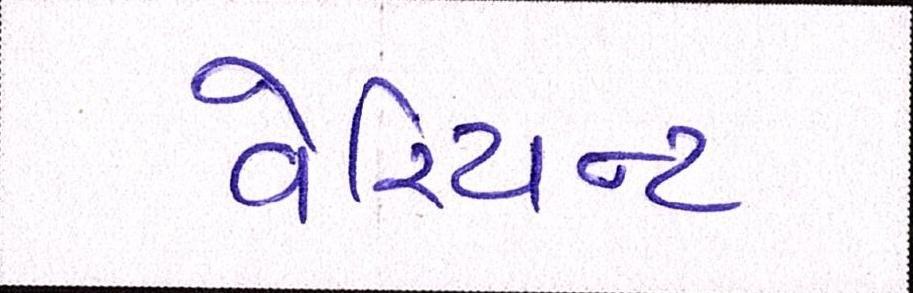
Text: વેરિયન્ટ